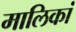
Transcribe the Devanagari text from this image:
मालिकां